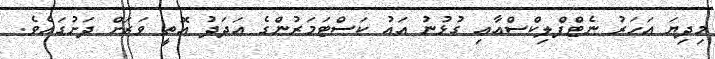
މިދިޔަ އަހަރު ނެޓްފްލިކްސްއާއި ގުޅުނު އައު ކަސްޓަމަރުންގެ އަދަދު އޮތީ ވަރަށް ދަށުގައެވެ.